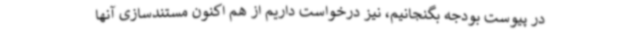
در پیوست بودجه بگنجانیم، نیز درخواست داریم از هم اکنون مستندسازی آنها